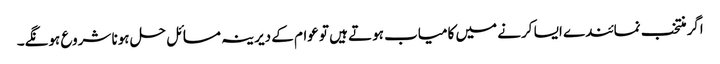
اگر منتخب نمائندے ایسا کرنے میں کامیاب ہوتے ہیں تو عوام کے دیرینہ مسائل حل ہونا شروع ہونگے۔